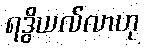
ရဒွိယလ်လာဟု